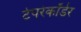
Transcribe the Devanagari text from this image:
टेपरेकॉर्डर